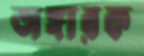
অঙ্গারক